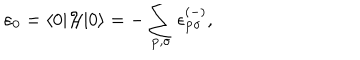
\varepsilon _ { 0 } = \langle 0 | { \cal H } | 0 \rangle = - \sum _ { { \bf { p } } , \sigma } \epsilon _ { { \bf { p } } \sigma } ^ { ( - ) } ,